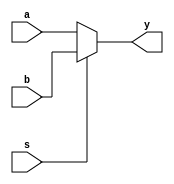
module mux2x1_behavioral (a, b, s, y);
	
	input a, b, s;
	output y;

	assign y = sele (a, b, s);
	
	function sele;
		input a, b ,s;
		if(s)
			sele = b;
		else
			sele = a;
	endfunction

endmodule